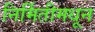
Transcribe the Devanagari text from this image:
निर्मितीमधून